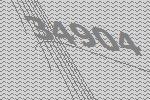
34904